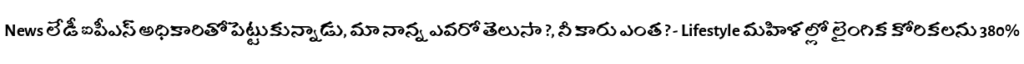
News లేడీ ఐపీఎస్ అధికారితో పెట్టుకున్నాడు, మా నాన్న ఎవరో తెలుసా ?, నీ కారు ఎంత ? - Lifestyle మహిళల్లో లైంగిక కోరికలను 380%